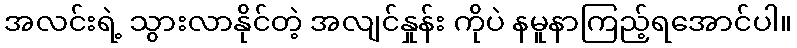
အလင်းရဲ့ သွားလာနိုင်တဲ့ အလျင်နှုန်း ကိုပဲ နမူနာကြည့်ရအောင်ပါ။